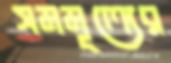
সমমূল্যের